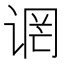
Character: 𫍬